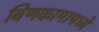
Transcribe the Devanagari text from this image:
विणकामामध्ये